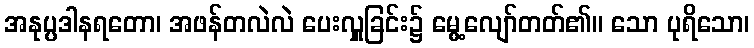
အနုပ္ပဒါနရတော၊ အဖန်တလဲလဲ ပေးလှူခြင်း၌ မွေ့လျော်တတ်၏။ သော ပုရိသော၊